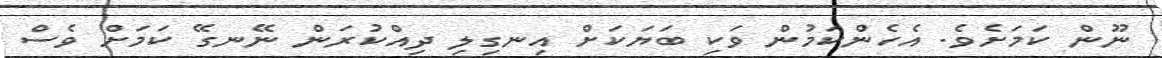
ނޫން ކަމަށެވެ. އެހެންކަމުން ވަކި ބަޔަކަށް އިނގިލި ދިއްކުރަން ނޭނގޭ ކަމަށް ވެސް